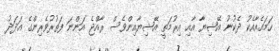
ހަމައެއާއެކު ދެކުނު އޭޝިޔާ އާއި އިރުމަތީ އޭޝިޔާއިންވެސް ރާއްޖެ އަންނަ ފަތުރުވެރިންގެ އަދަދު